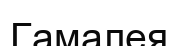
Гамалея